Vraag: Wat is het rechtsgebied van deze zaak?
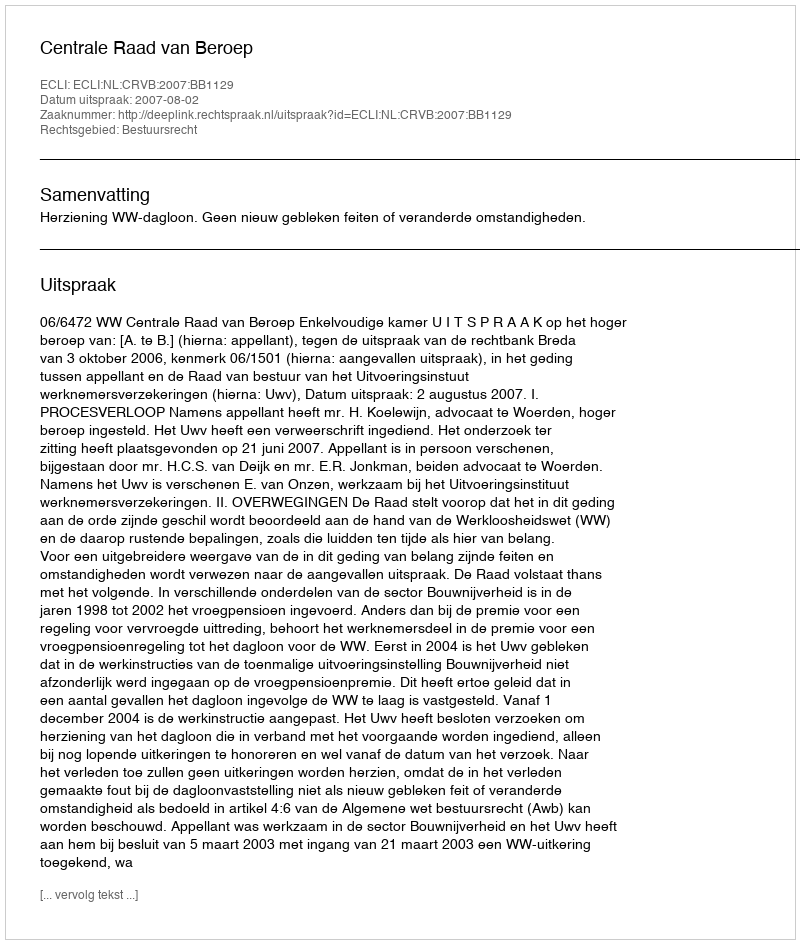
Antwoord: Bestuursrecht